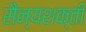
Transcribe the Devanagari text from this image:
सैन्यशक्ती